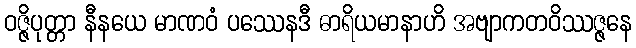
ဝဇ္ဇိပုတ္တာ နီနယေ မာဏဝံ ပဿေနဒီ ဓာရိယမာနာဟိ အဗျာကတဝိဿဇ္ဇနေ